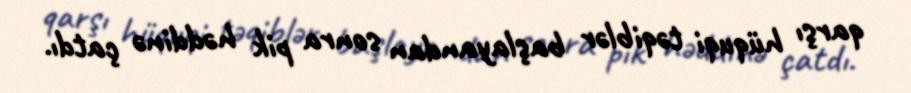
qarşı hüquqi təqiblər başlayandan sonra pik həddinə çatdı.